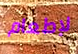
لإطعام